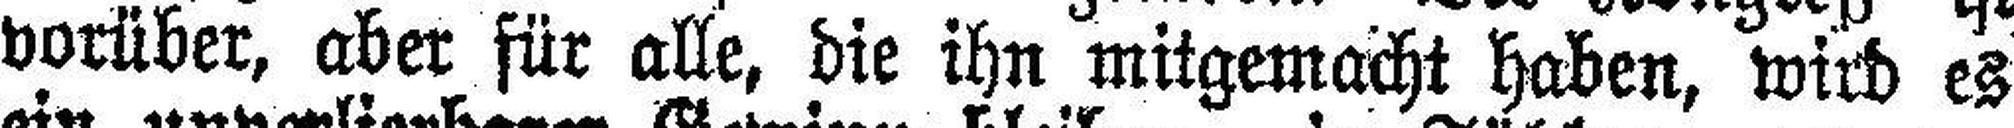
vorüber, aber für alle, die ihn mitgemacht haben, wird es